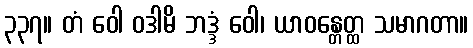
၃၃၇။ တံ ဝေါ ဝဒါမိ ဘဒ္ဒံ ဝေါ၊ ယာဝန္တေတ္ထ သမာဂတာ။